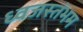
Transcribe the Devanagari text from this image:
ध्‍वजस्‍तंभम